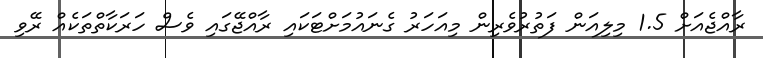
ރާއްޖެއަށް 1.5 މިލިއަން ފަތުރުވެރިން މިއަހަރު ގެނައުމަށްޓަކައި ރާއްޖޭގައި ވެސް ހަރަކާތްތަކެއް ރޭވި